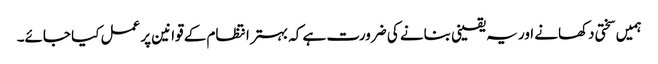
ہمیں سختی دکھانے اور یہ یقینی بنانے کی ضرورت ہے کہ بہتر انتظام کے قوانین پر عمل کیا جائے۔